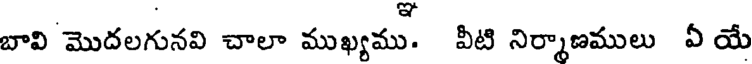
బావి మొదలగునవి చాలా ముఖ్యము. వీటి నిర్మాణములు వీ యే